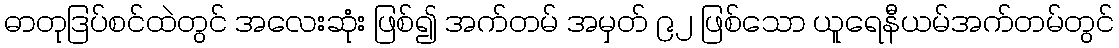
ဓာတုဒြပ်စင်ထဲတွင် အလေးဆုံး ဖြစ်၍ အက်တမ် အမှတ် ၉၂ ဖြစ်သော ယူရေနီယမ်အက်တမ်တွင်